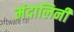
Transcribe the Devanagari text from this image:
मंदालिनी